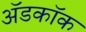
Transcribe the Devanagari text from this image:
अॅडकॉक